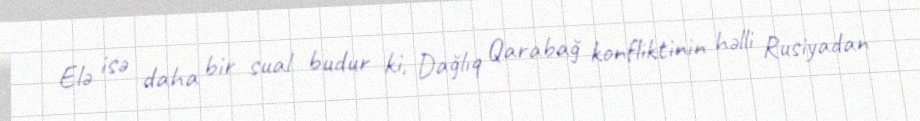
Elə isə daha bir sual budur ki, Dağlıq Qarabağ konfliktinin həlli Rusiyadan